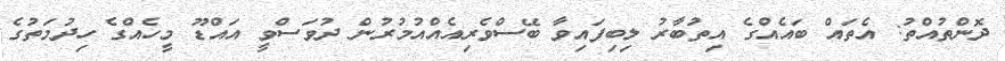
ދޮންތުއްތު: އެތައް ބައެއްގެ އިތުބާރު ލިބިފައިވާ ބޭސްވެރިއެއްއުމުރުން ދުވަސްވީ އައްޑޫ މީހެއްގެ ހިދުމަތުގެ